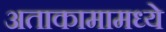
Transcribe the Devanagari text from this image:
अताकामामध्ये